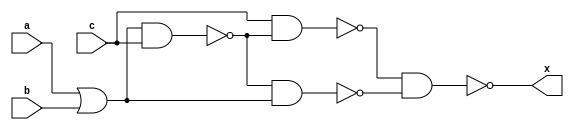
module top (a, b, c, x);
input a, b, c;
output x;

wire n1, n4, n6, n7;

or ( n1, a, b);
nand( n4, n1, c);
nand( n6, n4, n1);
nand( n5, c, n4 );
nand( n7, n5, n6);
buf( x, n7);

endmodule